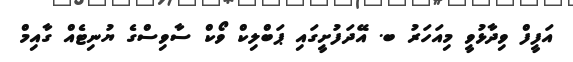
އަފީފް ވިދާޅުވީ މިއަހަރު ބ. އޭދަފުށީގައި ޕަބްލިކް ވޯކް ސާވިސްގެ ޔުނިޓެއް ގާއިމް